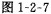
图1-2-7